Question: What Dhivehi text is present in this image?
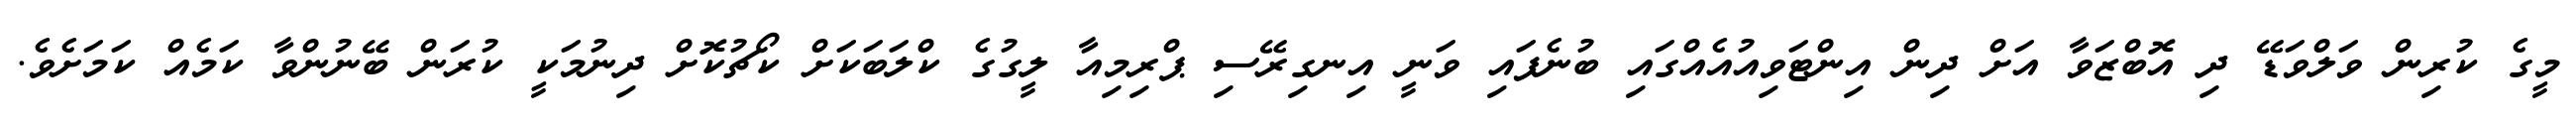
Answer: މީގެ ކުރިން ވަލްވަޑޭ ދި އޮބްޒަވާ އަށް ދިން އިންޓަވިއުއެއްގައި ބުނެފައި ވަނީ އިނގިރޭސި ޕްރިމިއާ ލީގުގެ ކްލަބަކަށް ކޯޗުކޮށް ދިނުމަކީ ކުރަން ބޭނުންވާ ކަމެއް ކަމަށެވެ.